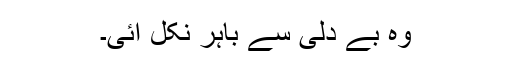
وہ بے دلی سے باہر نکل آئی۔